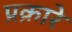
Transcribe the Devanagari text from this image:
प्रक्रारे